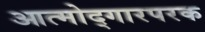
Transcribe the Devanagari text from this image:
आत्मोद्गारपरक